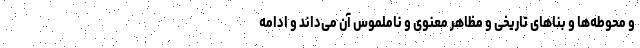
و محوطه‌ها و بناهای تاریخی و مظاهر معنوی و ناملموس آن می‌داند و ادامه